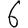
Digit: 6